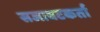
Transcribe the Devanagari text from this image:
सजावटकर्ता